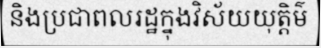
និងប្រជាពលរដ្ឋក្នុងវិស័យយុត្តិម៌